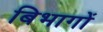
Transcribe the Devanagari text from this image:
बिभागों